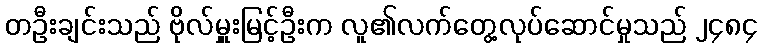
တဦးချင်းသည် ဗိုလ်မှူးမြင့်ဦးက လူ၏လက်တွေ့လုပ်ဆောင်မှုသည် ၂၄၈၄